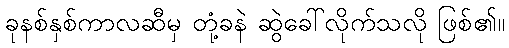
ခုနစ်နှစ်ကာလဆီမှ တုံ့ခနဲ ဆွဲခေါ်လိုက်သလို ဖြစ်၏။